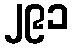
၂၉၁